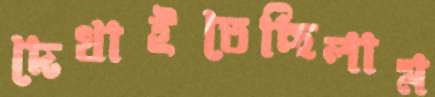
দেখাইতেছিলাম